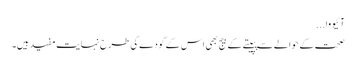
آئیووا...
صحت کے حوالے سے پپیتے کے بیج بھی اس کے گودے کی طرح نہایت مفید ہیں۔